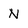
Character: N